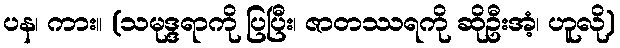
ပန၊ ကား။ (သမုဒ္ဒရာကို ပြပြီး၊ ဇာတဿရကို ဆိုဦးအံ့၊ ဟူလို)